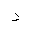
Letter: _dal